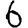
Digit: 6